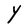
Character: Y